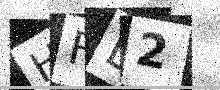
Text: HFE2